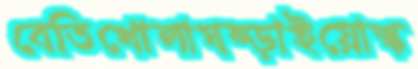
বেতিখোলাঘষ্‌ড়াইয়োস্ক